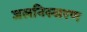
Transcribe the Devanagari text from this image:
जलनिस्सरण